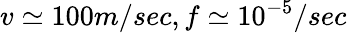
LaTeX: v\simeq 100m/sec,f\simeq 10^{-5}/sec